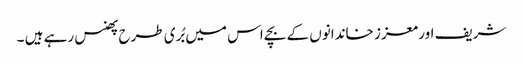
شریف اور معزز خاندانوں کے بچے اس میں بُری طرح پھنس رہے ہیں ۔